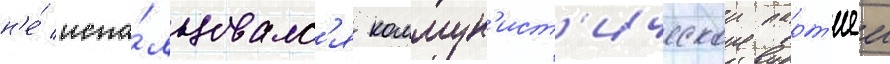
н'е́ испо́льзовалс'я коммун'ист'ическои парт'иеи